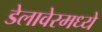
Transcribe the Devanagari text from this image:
डेलावेरमध्ये